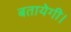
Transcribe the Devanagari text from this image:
बतायेगी।